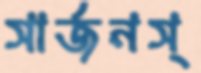
সার্জনস্